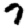
Digit: 7